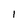
Character: I